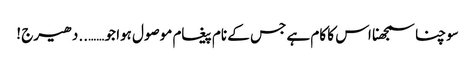
سوچنا سمجھنا اس کا کام ہے جس کے نام پیغام موصول ہوا جو ……..دھیرج !